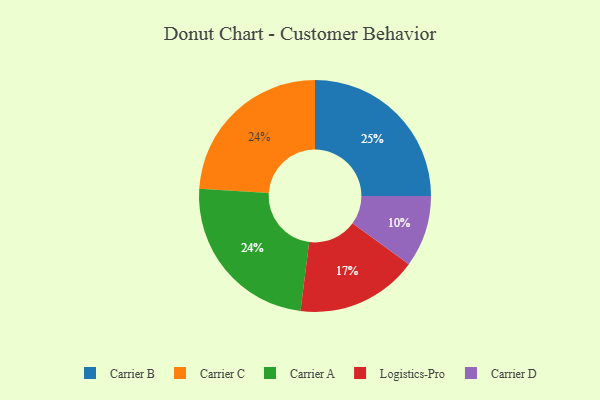
{"axis": {"x": "Category", "y": "Percentage"}, "legend": ["Carrier A", "Carrier B", "Carrier C", "Carrier D", "Logistics-Pro"], "data": [{"x": "Logistics-Pro", "y": 17, "type": "Logistics-Pro"}, {"x": "Carrier C", "y": 24, "type": "Carrier C"}, {"x": "Carrier D", "y": 10, "type": "Carrier D"}, {"x": "Carrier A", "y": 24, "type": "Carrier A"}, {"x": "Carrier B", "y": 25, "type": "Carrier B"}]}